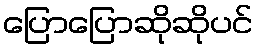
ပြောပြောဆိုဆိုပင်